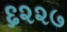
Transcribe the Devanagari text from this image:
६२२७